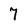
Character: 7